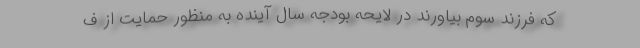
که فرزند سوم بیاورند در لایحه بودجه سال آینده به منظور حمایت از ف